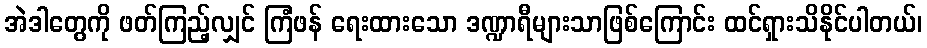
အဲဒါတွေကို ဖတ်ကြည့်လျှင် ကြံဖန် ရေးထားသော ဒဏ္ဍာရီများသာဖြစ်ကြောင်း ထင်ရှားသိနိုင်ပါတယ်၊